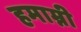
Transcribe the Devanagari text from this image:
हमाम्नी